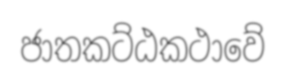
ජාතකට්ඨකථාවේ